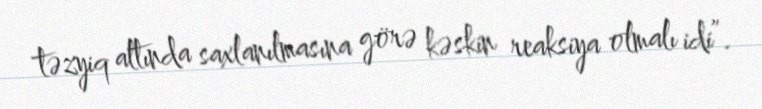
təzyiq altında saxlanılmasına görə kəskin reaksiya olmalı idi”.